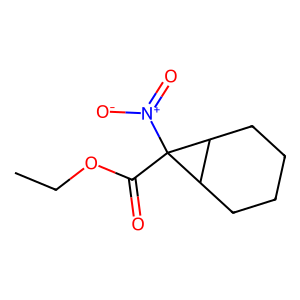
SMILES: CCOC(=O)C1([N+](=O)[O-])C2CCCCC21
Inhibits HIV replication: No